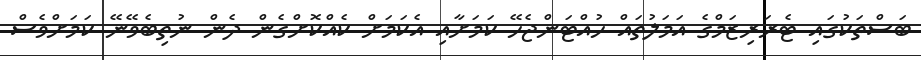
ބަސްތަކުގައި ޓެރަރިޒަމްގެ އަމަލުތައް ހުއްޓަންޖެހޭ ކަމަށާއި އެކަމަށް ކެއްކޮށްގެން ދެން ނުތިބެވޭނޭ ކަމަށްވެސް